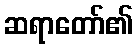
ဆရာတော်၏